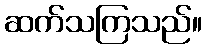
ဆက်သကြသည်။